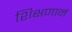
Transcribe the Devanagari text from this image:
शिक्षणानं